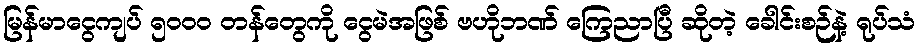
မြန်မာငွေကျပ် ၅၀၀၀ တန်တွေကို ငွေမဲအဖြစ် ဗဟိုဘဏ် ကြေညာပြီ ဆိုတဲ့ ခေါင်းစဉ်နဲ့ ရုပ်သံ